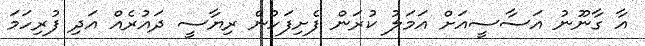
އާ ގާނޫނު އަސާސީއަށް އަމަލު ކުރަން ފެށިފަހުން ރިޔާސީ ދައުރެއް އަދި ފުރިހަމަ